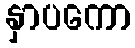
နှာပကော